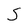
Character: S